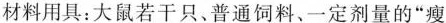
材料用具：大鼠若干只、普通饲料、一定剂量的”瘦